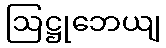
ဩဋ္ဌုဘေယျ